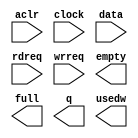
module fifo3Re (
	aclr,
	clock,
	data,
	rdreq,
	wrreq,
	empty,
	full,
	q,
	usedw);

	input	  aclr;
	input	  clock;
	input	[15:0]  data;
	input	  rdreq;
	input	  wrreq;
	output	  empty;
	output	  full;
	output	[15:0]  q;
	output	[6:0]  usedw;

endmodule